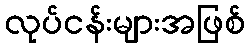
လုပ်ငန်းများအဖြစ်